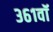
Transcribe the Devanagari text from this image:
३६१वॉ